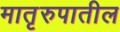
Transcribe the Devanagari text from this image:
मातृरुपातील